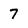
Character: 7